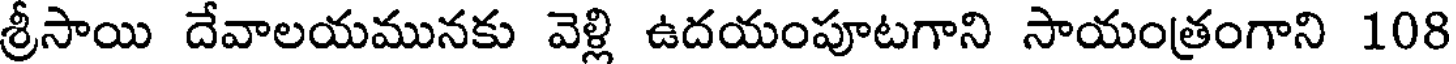
శ్రీసాయి దేవాలయమునకు వెళ్లి ఉదయంపూటగాని సాయంత్రంగాని 108